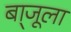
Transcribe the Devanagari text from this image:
बा्जूला